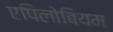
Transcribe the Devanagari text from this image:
एपिलोबियम